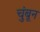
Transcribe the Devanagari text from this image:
चुंबून